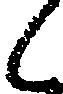
候